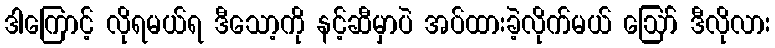
ဒါကြောင့် လိုရမယ်ရ ဒီသော့ကို နင့်ဆီမှာပဲ အပ်ထားခဲ့လိုက်မယ် ဪ ဒီလိုလား